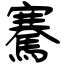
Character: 騫